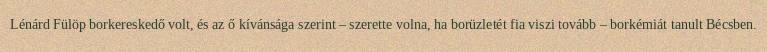
Lénárd Fülöp borkereskedő volt, és az ő kívánsága szerint – szerette volna, ha borüzletét fia viszi tovább – borkémiát tanult Bécsben.